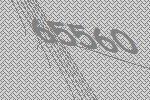
65560